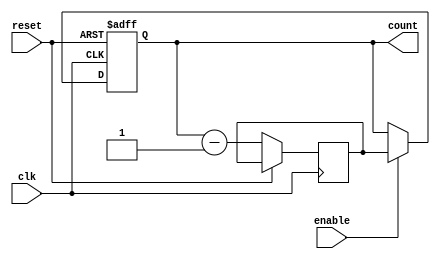
module JohnsonCounter(
    input wire clk,
    input wire reset,
    input wire enable,
    output reg [n-1:0] count
);

parameter n = 4; // Number of flip-flops

reg [n-1:0] next_count;

always @(posedge clk or posedge reset) begin
    if (reset) begin
        count <= 0;
    end else begin
        next_count <= count + 1; // Increment count
        next_count <= count - 1; // Decrement count

        if (enable) begin
            count <= next_count;
        end
    end
end

endmodule